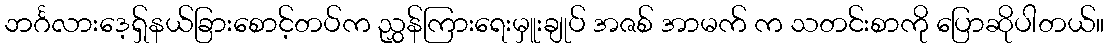
ဘင်္ဂလားဒေ့ရှ်နယ်ခြားစောင့်တပ်က ညွှန်ကြားရေးမှူးချုပ် အဇစ် အာမက် က သတင်းစာကို ပြောဆိုပါတယ်။